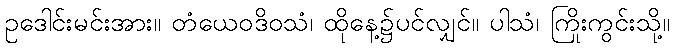
ဥဒေါင်းမင်းအား။ တံယေဝဒိဝသံ၊ ထိုနေ့၌ပင်လျှင်။ ပါသံ၊ ကြိုးကွင်းသို့။